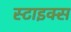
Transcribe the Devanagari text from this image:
स्टाइक्स